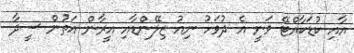
އާއި ކުޑަކާއްޓޭ ވަނީ އެ ދުވަހު ނިއު ޒިލޭންޑާއި އީރާން އަތުން ސީދާ